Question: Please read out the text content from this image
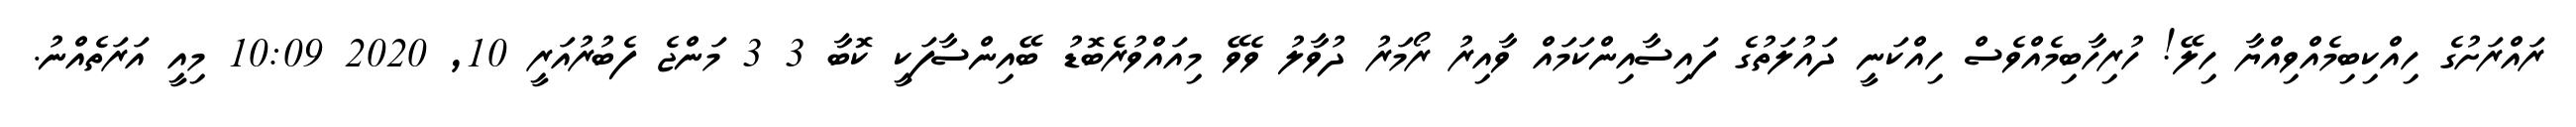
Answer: ރައްރަށުގެ ހިއްކިބިމެއްވިއްޔާ ހިލޭ! ހުރިހާބިމެއްވެސް ހިއްކަނީ ދައުލަތުގެ ފައިސާއިންކަމައް ވާއިރު ރޯމަރު ދުވާލު ވެވޭ މިއައްވުރެބޮޑު ބޭއިންސާފަކީ ކޮބާ 3 3 މަންޖެ ފެބުރުއަރީ 10, 2020 10:09 މިއީ އަރަތެއްނު.